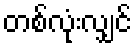
တစ်လုံးလျှင်